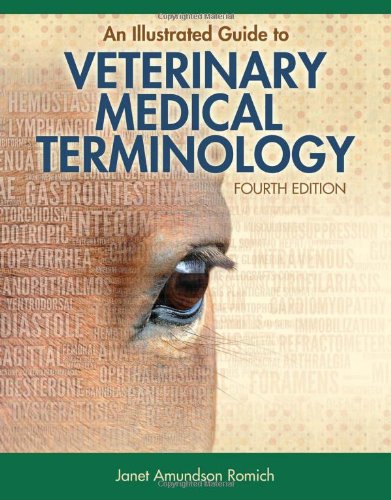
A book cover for An Illustrated Guide to Veterinary Medical Terminology Fourth Edition; Janet Amundson Romich; Medical Books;